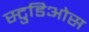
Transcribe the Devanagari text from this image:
स्टुडिओस